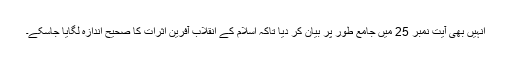
انہیں بھی آیت نمبر 25 میں جامع طور پر بیان کر دیا تاکہ اسلام کے انقلاب آفرین اثرات کا صحیح اندازہ لگایا جاسکے۔